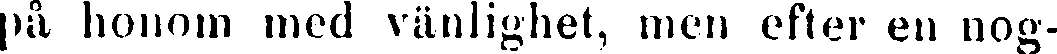
på honom med vänlighet, men efter en nog-